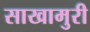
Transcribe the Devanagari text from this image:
साखामुरी